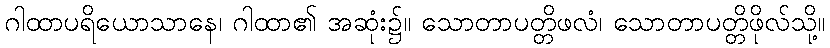
ဂါထာပရိယောသာနေ၊ ဂါထာ၏ အဆုံး၌။ သောတာပတ္တိဖလံ၊ သောတာပတ္တိဖိုလ်သို့။